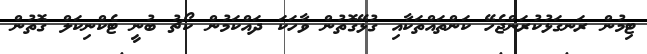
ޓިމުން ރަނގަޅުކުރަންޖެހޭ ކަންތައްތަކާއި ގުޅޭގޮތުން ވާހަކަ ދައްކަމުން ކޯޗު ބުނީ ޓެކްނިކަލް ގޮތުން